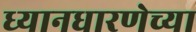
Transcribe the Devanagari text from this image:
ध्यानधारणेच्या